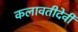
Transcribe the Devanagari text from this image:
कलावतीदेवी